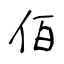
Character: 佰